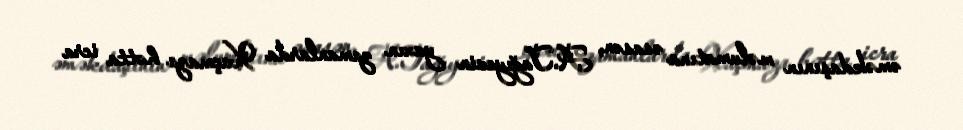
əməkdaşının məlumatına əsasən, A.Tağıyevin yaxın zamanlarda Xaçmaza hətta icra